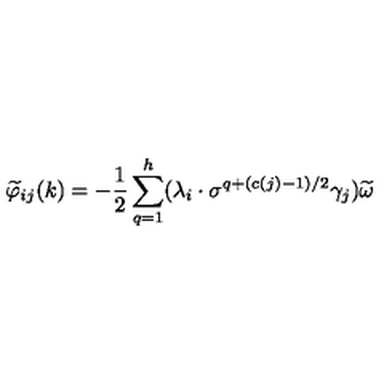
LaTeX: \widetilde { \varphi } _ { i j } ( k ) = - \frac { 1 } { 2 } \sum _ { q = 1 } ^ { h } ( \lambda _ { i } \cdot \sigma ^ { q + ( c ( j ) - 1 ) / 2 } \gamma _ { j } ) \widetilde { \omega }